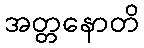
အတ္တနောတိ